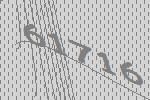
61716